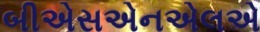
બીએસએનએલએ